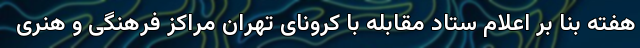
هفته بنا بر اعلام ستاد مقابله با کرونای تهران مراکز فرهنگی و هنری